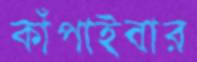
কাঁপাইবার